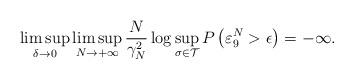
LaTeX: \begin{align*}\limsup_{\delta\rightarrow 0}\limsup_{N\rightarrow+\infty}\frac{N}{\gamma_N^2}\log\sup_{\sigma\in \mathcal{T}}P\left(\varepsilon_9^N>\epsilon\right)=-\infty.\end{align*}